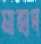
মাহাদ